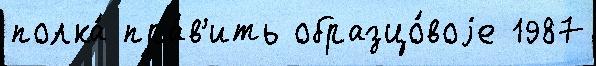
полка́ пра́в'ить образцо́воjе 1987